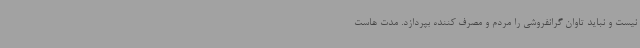
نیست و نباید تاوان گرانفروشی را مردم و مصرف کننده بپردازد. مدت هاست